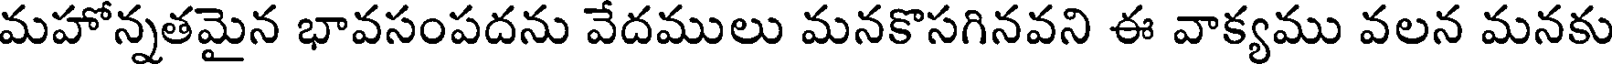
మహోన్నతమైన భావసంపదను వేదములు మనకొసగినవని ఈ వాక్యము వలన మనకు